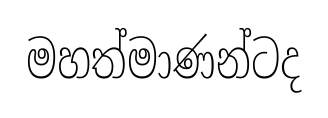
මහත්මාණන්ටද